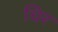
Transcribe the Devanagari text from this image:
धिर